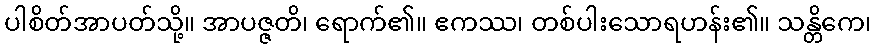
ပါစိတ်အာပတ်သို့။ အာပဇ္ဇတိ၊ ရောက်၏။ ဧကဿ၊ တစ်ပါးသောရဟန်း၏။ သန္တိကေ၊